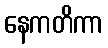
နေကတိကာ